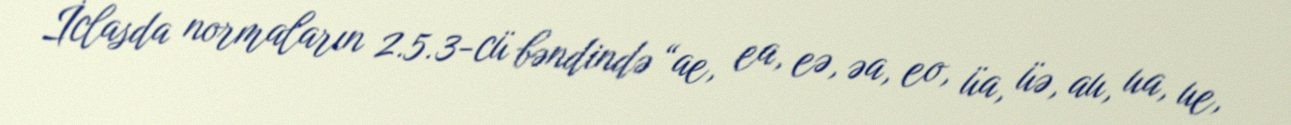
İclasda normaların 2.5.3-cü bəndində “ae, ea, eə, əa, eo, üa, üə, au, ua, ue,